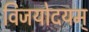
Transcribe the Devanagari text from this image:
विजयोदयम्